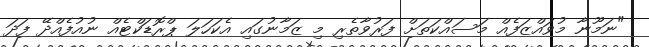
"ނަމޫނާ މުވައްޒަފެއް މަސައްކަތަށް ފަރުވާތެރި މި ޒަމާނުގައި އެކަހަލަ ޕްރޮޑަކްޓެއް ނުއުފެއްދޭ ފަދަ